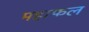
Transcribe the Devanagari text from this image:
महाफल